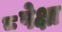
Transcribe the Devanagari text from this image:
८पेक्षा